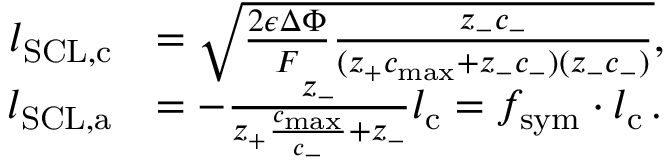
\begin{array} { r l } { l _ { \mathrm { S C L , c } } } & { = \sqrt { \frac { 2 \epsilon \Delta \Phi } { F } \frac { z _ { - } c _ { - } } { ( z _ { + } c _ { \mathrm { m a x } } + z _ { - } c _ { - } ) ( z _ { - } c _ { - } ) } } , } \\ { l _ { \mathrm { S C L , a } } } & { = - \frac { z _ { - } } { z _ { + } \frac { c _ { \mathrm { m a x } } } { c _ { - } } + z _ { - } } l _ { \mathrm { c } } = f _ { \mathrm { s y m } } \cdot l _ { \mathrm { c } } \, . } \end{array}